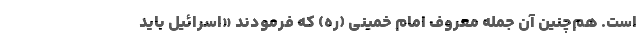
است. هم‌چنین آن جمله معروف امام خمینی (ره) که فرمودند «اسرائیل باید